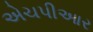
એચપીઆર